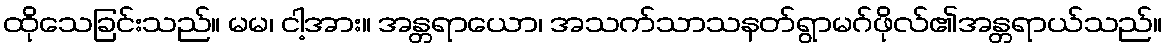
ထိုသေခြင်းသည်။ မမ၊ ငါ့အား။ အန္တရာယော၊ အသက်သာသနတ်ရွာမဂ်ဖိုလ်၏အန္တရာယ်သည်။